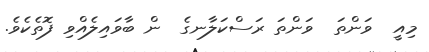
މިއީ  ވަންތަ  ވަންތަ ރަސްކަލާނގެ  ން ބާވައިލެއްވި ފޮތެކެވެ.